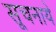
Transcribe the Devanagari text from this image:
सूचनाये